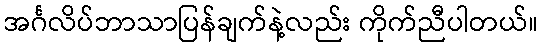
အင်္ဂလိပ်ဘာသာပြန်ချက်နဲ့လည်း ကိုက်ညီပါတယ်။